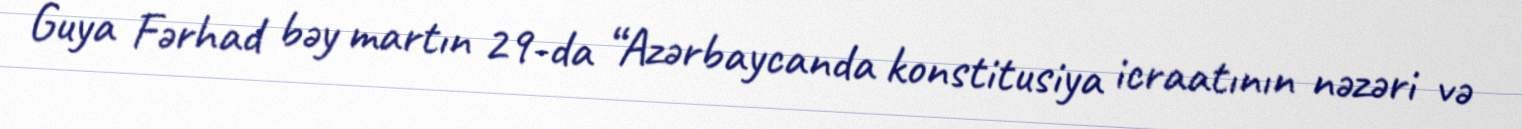
Guya Fərhad bəy martın 29-da “Azərbaycanda konstitusiya icraatının nəzəri və